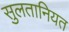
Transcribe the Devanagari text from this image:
सुलतानियत